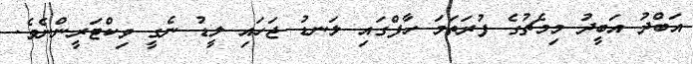
އަބްދު އަބީދު މިމެޗުގެ ފުރަތަމަ ހާފްގައި ލަނޑު ޖަހައި ލީޑު ނެގީ ވިކްޓަރީންނެވެ.